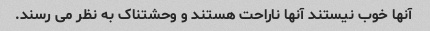
آنها خوب نیستند آنها ناراحت هستند و وحشتناک به نظر می رسند.